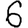
Digit: 6